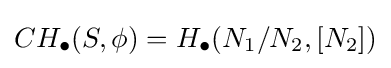
CH_{\bullet }(S,\phi )=H_{\bullet }(N_{1}/N_{2},[N_{2}])